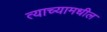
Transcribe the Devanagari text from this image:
त्याच्यामधील